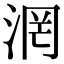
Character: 𣶈